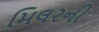
મિલરની